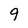
Character: 9